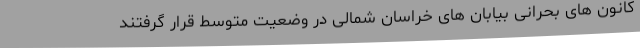
کانون های بحرانی بیابان های خراسان شمالی در وضعیت متوسط قرار گرفتند